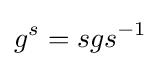
g^{s}=sgs^{-1}